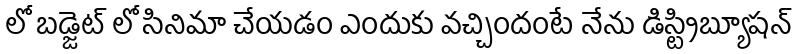
లో బడ్జెట్ లో సినిమా చేయడం ఎందుకు వచ్చిందంటే నేను డిస్ట్రిబ్యూషన్